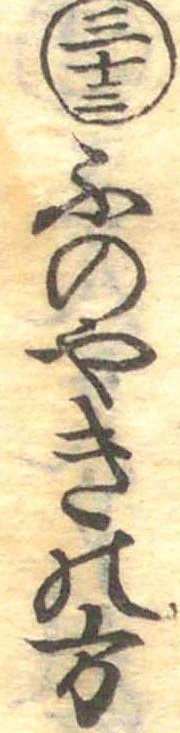
三十三ふのやきの方